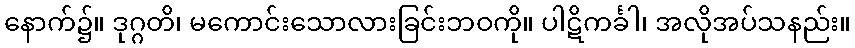
နောက်၌။ ဒုဂ္ဂတိ၊ မကောင်းသောလားခြင်းဘဝကို။ ပါဋိကင်္ခါ၊ အလိုအပ်သနည်း။